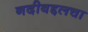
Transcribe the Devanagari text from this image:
नदीबद्दलचा